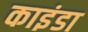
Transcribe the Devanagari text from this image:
काइंडा